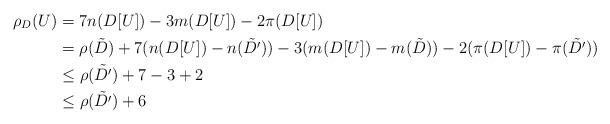
LaTeX: \begin{align*}\rho_D(U) &= 7n(D[U]) - 3m(D[U]) - 2\pi(D[U]) \\&= \rho(\Tilde{D}) + 7(n(D[U]) - n(\tilde{D'})) - 3(m(D[U]) - m(\Tilde{D})) - 2(\pi(D[U])-\pi(\Tilde{D'})) \\&\leq \rho(\Tilde{D'}) + 7 - 3 + 2 \\&\leq \rho(\Tilde{D'}) + 6 \end{align*}